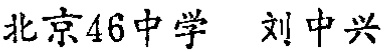
北京46中学 刘中兴